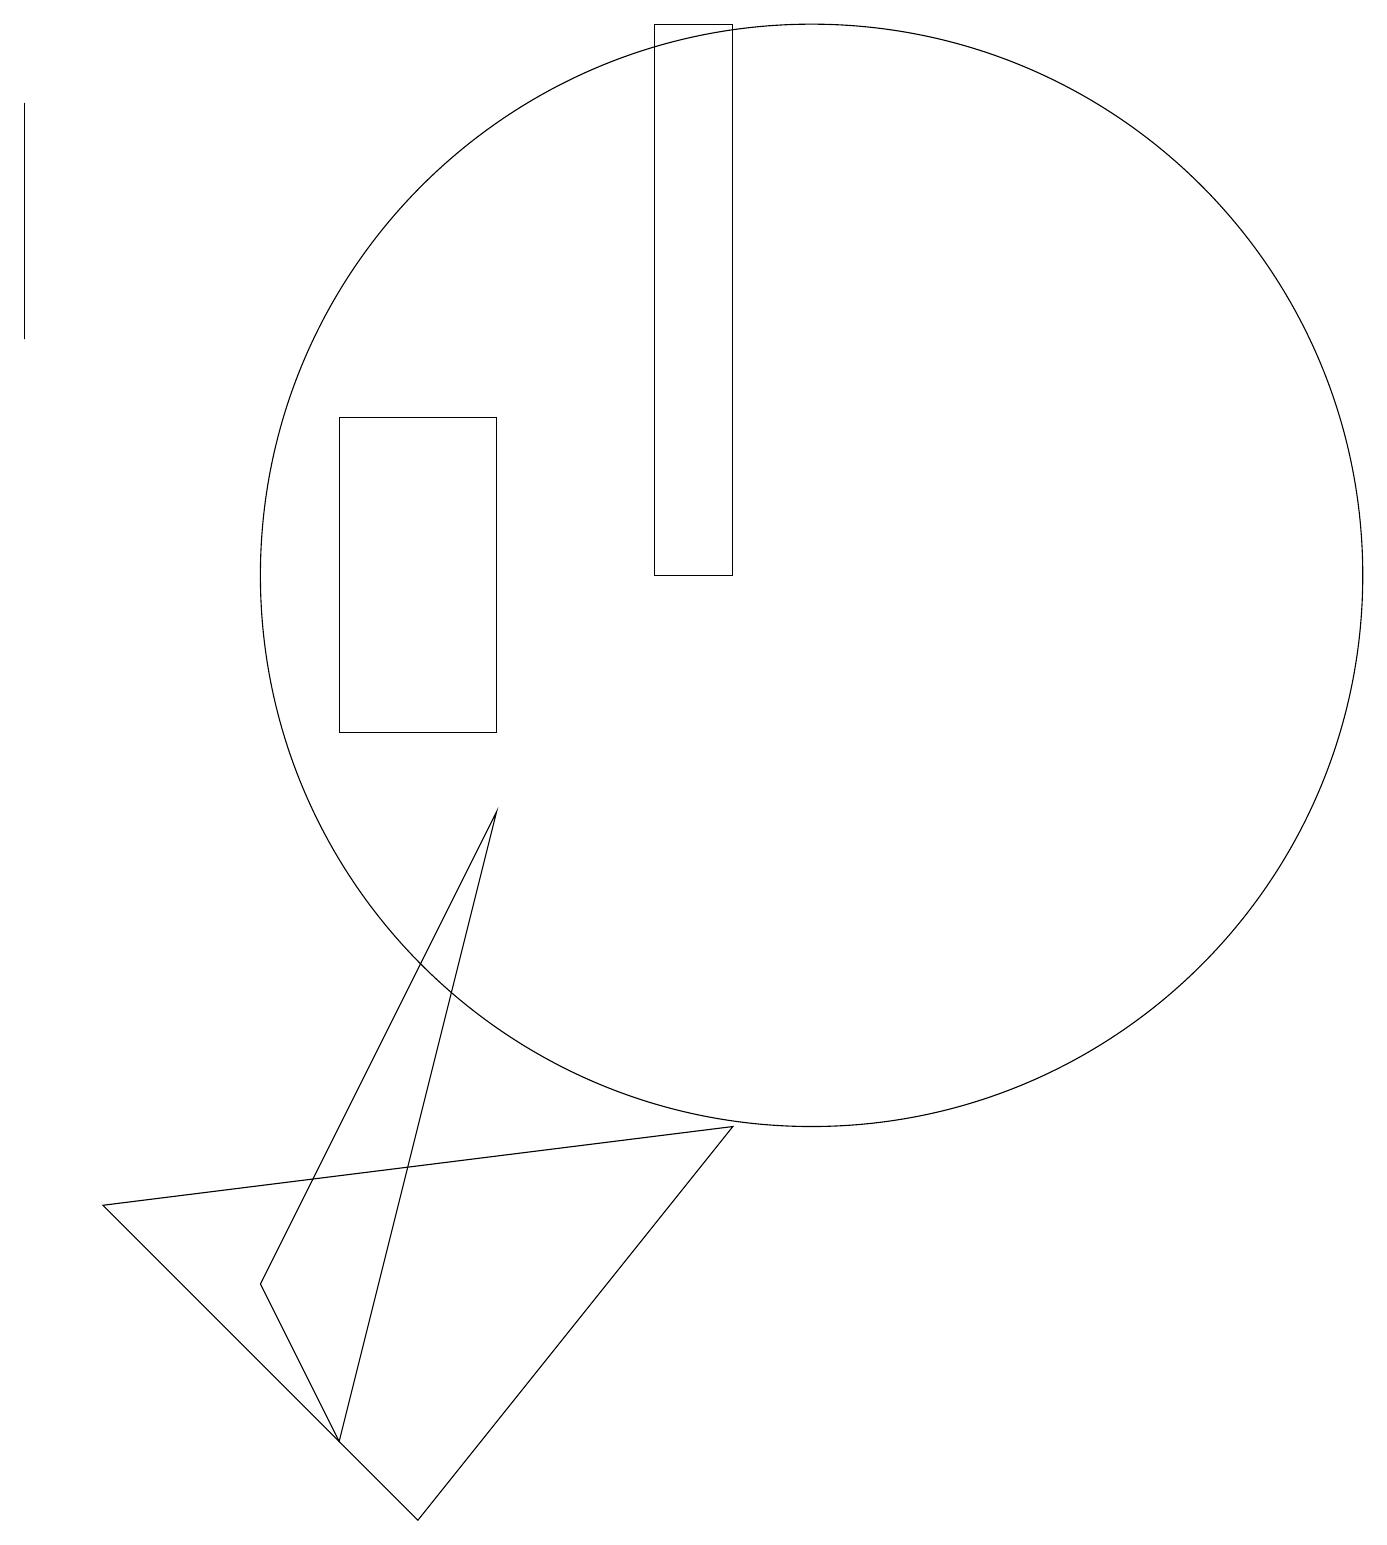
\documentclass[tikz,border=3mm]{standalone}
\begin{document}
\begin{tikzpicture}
\draw (10,12) circle (7);
\draw (6,9) -- (4,1) -- (3,3) -- cycle;
\draw (4,10) rectangle (6,14);
\draw (1,4) -- (9,5) -- (5,0) -- cycle;
\draw (0,15) rectangle (0,18);
\draw (9,19) rectangle (8,12);
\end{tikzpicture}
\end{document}